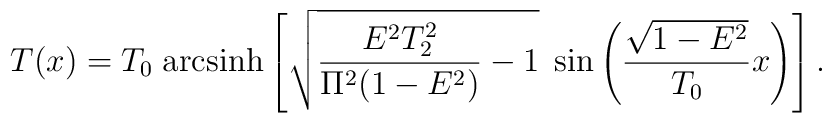
T(x) = T_0 \;{\rm arcsinh} \left[           \sqrt{\frac{E^2T_2^2}{\Pi^2(1-E^2)} - 1} 	   \;\sin\left(\frac{\sqrt{1-E^2}}{T_0} x \right) \right].